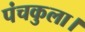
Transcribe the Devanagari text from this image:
पंचकुला।